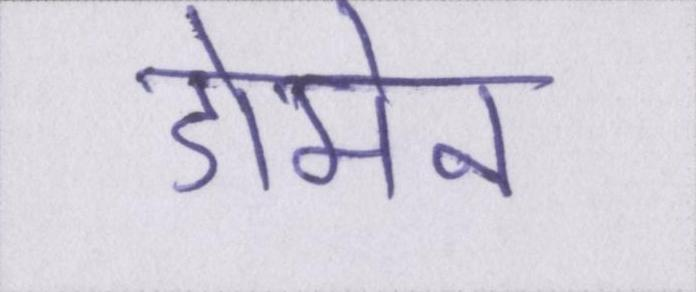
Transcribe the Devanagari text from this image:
डोमेन